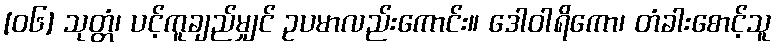
[၀၆] သုတ္တံ၊ ပင့်ကူချည်မျှင် ဥပမာလည်းကောင်း။ ဒေါဝါရိကော၊ တံခါးစောင့်သူ